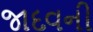
જાદવની